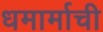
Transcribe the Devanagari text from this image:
धमार्माची